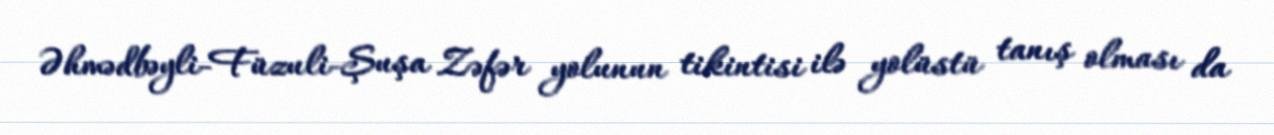
Əhmədbəyli-Füzuli-Şuşa Zəfər yolunun tikintisi ilə yolüstü tanış olması da